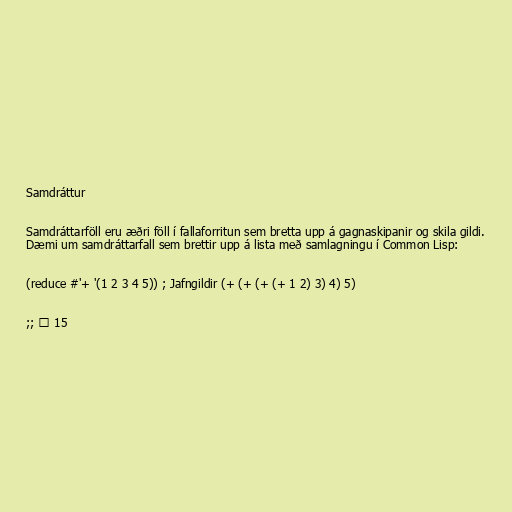
Samdráttur

Samdráttarföll eru æðri föll í fallaforritun sem bretta upp á gagnaskipanir og skila gildi.
Dæmi um samdráttarfall sem brettir upp á lista með samlagningu í Common Lisp:

(reduce #'+ '(1 2 3 4 5)) ; Jafngildir (+ (+ (+ (+ 1 2) 3) 4) 5)

;; ⇒ 15